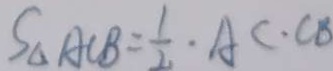
S _ { \Delta A C B } = \frac { 1 } { 2 } \cdot A C \cdot C B